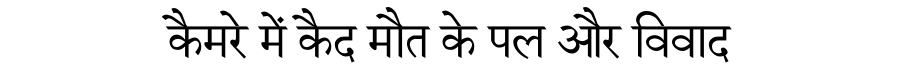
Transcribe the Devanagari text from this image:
कैमरे में कैद मौत के पल और विवाद